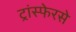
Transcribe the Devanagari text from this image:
ट्रांस्फेरसे